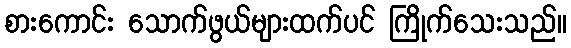
စားကောင်း သောက်ဖွယ်များထက်ပင် ကြိုက်သေးသည်။